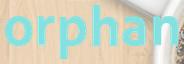
orphan